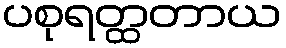
ပစုရတ္ထတာယ